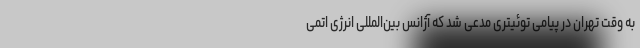
به وقت تهران در پیامی توئیتری مدعی شد که آژانس بین‌المللی انرژی اتمی